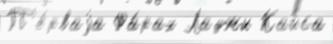
П'е́рваjа Фа́рах Ладжи Кайса